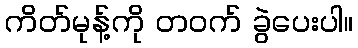
ကိတ်မုန့်ကို တဝက် ခွဲပေးပါ။